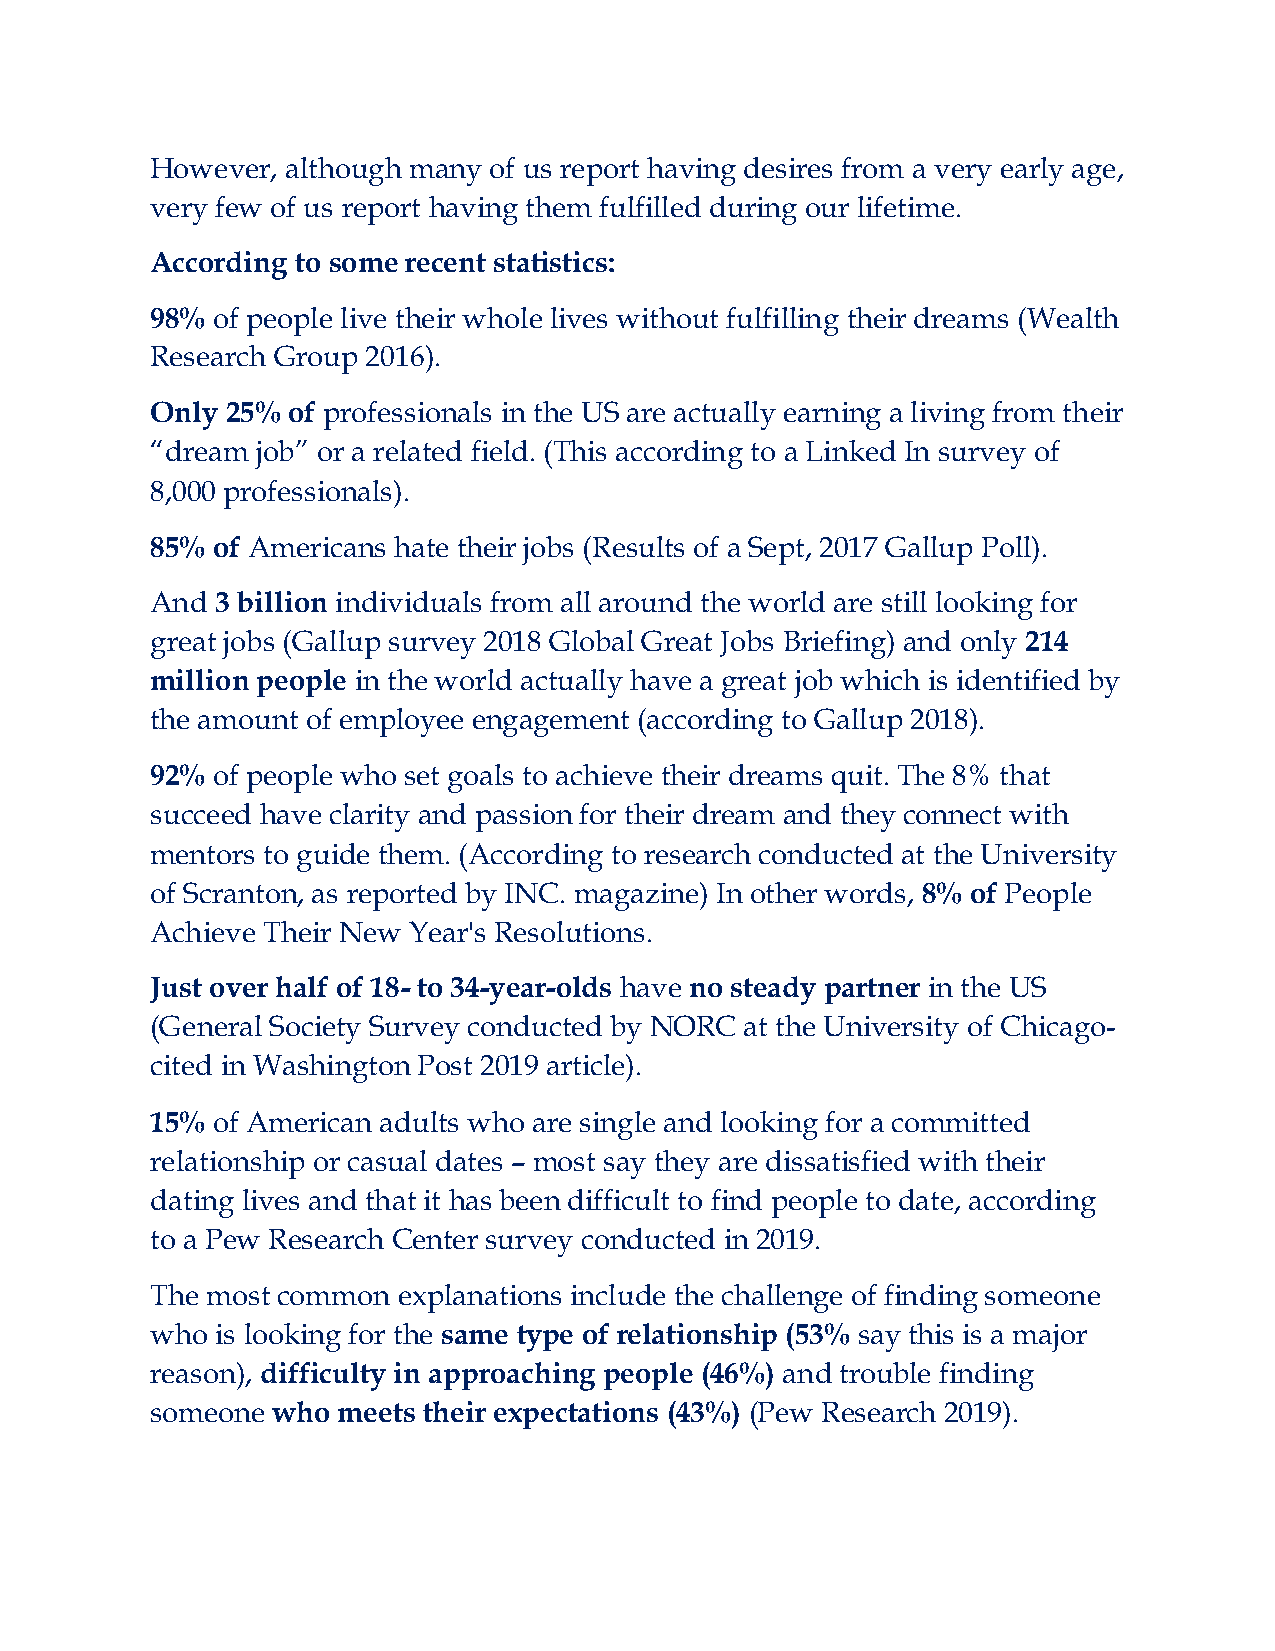
However, although many of us report having desires from a very early age,
 very few of us report having them fulfilled during our lifetime.
 According to some recent statistics:
 98% of people live their whole lives without fulfilling their dreams (Wealth
 Research Group 2016).
 Only 25% of professionals in the US are actually earning a living from their
 “dream job” or a related field. (This according to a Linked In survey of
 8,000 professionals).
 85% of Americans hate their jobs (Results of a Sept, 2017 Gallup Poll).
 And 3 billion individuals from all around the world are still looking for
 great jobs (Gallup survey 2018 Global Great Jobs Briefing) and only 214
 million people in the world actually have a great job which is identified by
 the amount of employee engagement (according to Gallup 2018).
 92% of people who set goals to achieve their dreams quit. The 8% that
 succeed have clarity and passion for their dream and they connect with
 mentors to guide them. (According to research conducted at the University
 of Scranton, as reported by INC. magazine) In other words, 8% of People
 Achieve Their New Year's Resolutions.
 Just over half of 18- to 34-year-olds have no steady partner in the US
 (General Society Survey conducted by NORC at the University of Chicago-
 cited in Washington Post 2019 article).
 15% of American adults who are single and looking for a committed
 relationship or casual dates – most say they are dissatisfied with their
 dating lives and that it has been difficult to find people to date, according
 to a Pew Research Center survey conducted in 2019.
 The most common explanations include the challenge of finding someone
 who is looking for the same type of relationship (53% say this is a major
 reason), difficulty in approaching people (46%) and trouble finding
 someone who meets their expectations (43%) (Pew Research 2019).